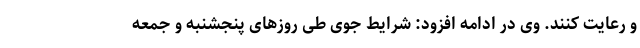
و رعایت کنند. وی در ادامه افزود: شرایط جوی طی روزهای پنجشنبه و جمعه